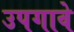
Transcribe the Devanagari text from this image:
उपगावे